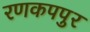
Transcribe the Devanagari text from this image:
रणकपपुर